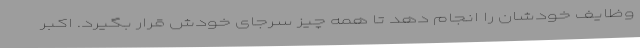
وظایف خودشان را انجام دهد تا همه چیز سرجای خودش قرار بگیرد. اکبر